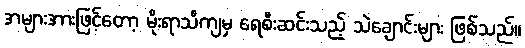
အများအားဖြင့်တော့ မိုးရာသီကျမှ ရေစီးဆင်းသည့် သဲချောင်းများ ဖြစ်သည်။